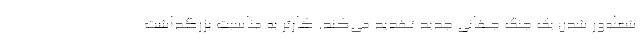
شعله‌ور شدن یک جنگ جهانی جدید تهدید می‌کند. کارتر به مناسبت بزرگداشت